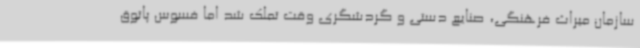
سازمان میراث فرهنگی، صنایع دستی و گردشگری وقت تملک شد اما فسوس پاتوق